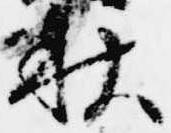
秋